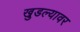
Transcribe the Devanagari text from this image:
खुडल्यावर